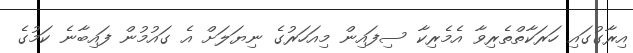
އިރާގުގައި ހަރަކާތްތެރިވާ އެމެރިކާ ސިފައިން މިއަހަރުގެ ނިޔަލަށް އެ ގައުމުން ފައިބާނެ ކަމުގެ